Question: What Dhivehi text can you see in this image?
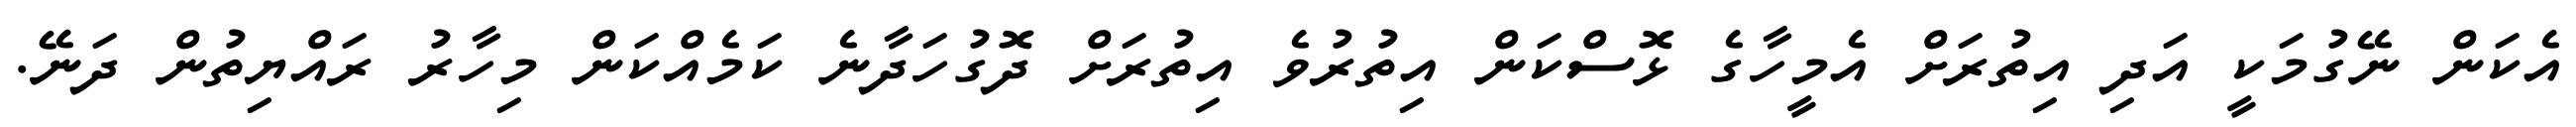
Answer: އެކަން ނޭގުމަކީ އަދި އިތުރަށް އެމީހާގެ ޅޮސްކަން އިތުރުވެ އިތުރަށް ދޮގުހަދާނެ ކަމެއްކަން މިހާރު ރައްޔިތުން ދަނޭ.